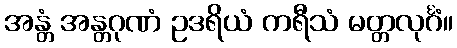
အန္တံ အန္တဂုဏံ ဥဒရိယံ ကရီသံ မတ္တလုင်္ဂံ။